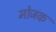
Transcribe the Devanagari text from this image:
मोजक